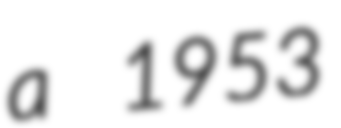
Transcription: a 1953